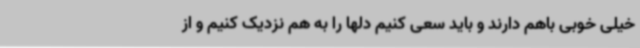
خیلی خوبی باهم دارند و باید سعی کنیم دلها را به هم نزدیک کنیم و از